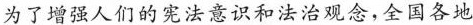
为了增强人们的宪法意识和法治观念，全国各地